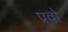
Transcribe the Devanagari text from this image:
प्रवो